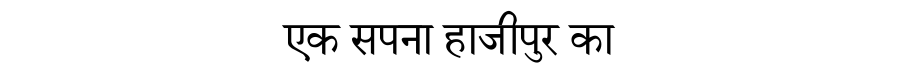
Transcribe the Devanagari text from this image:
एक सपना हाजीपुर का